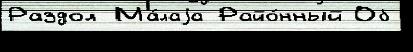
Раздол Ма́лаjа Райо́нный Об